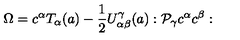
\Omega = c ^ { \alpha } T _ { \alpha } ( a ) - { \frac { 1 } { 2 } } U _ { \alpha \beta } ^ { \gamma } ( a ) : { \cal P _ { \gamma } } c ^ { \alpha } c ^ { \beta } :